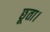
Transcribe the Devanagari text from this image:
छूता।